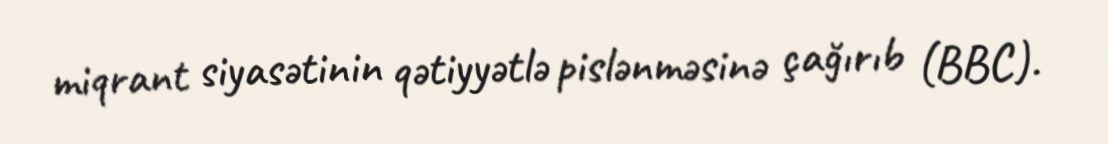
miqrant siyasətinin qətiyyətlə pislənməsinə çağırıb (BBC).